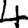
Digit: 4